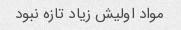
مواد اولیش زیاد تازه نبود